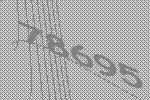
78695